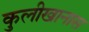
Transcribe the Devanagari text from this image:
कुलीखानास